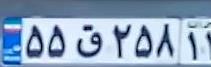
۵۵ق۲۵۸۱۳